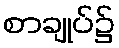
စာချုပ်၌